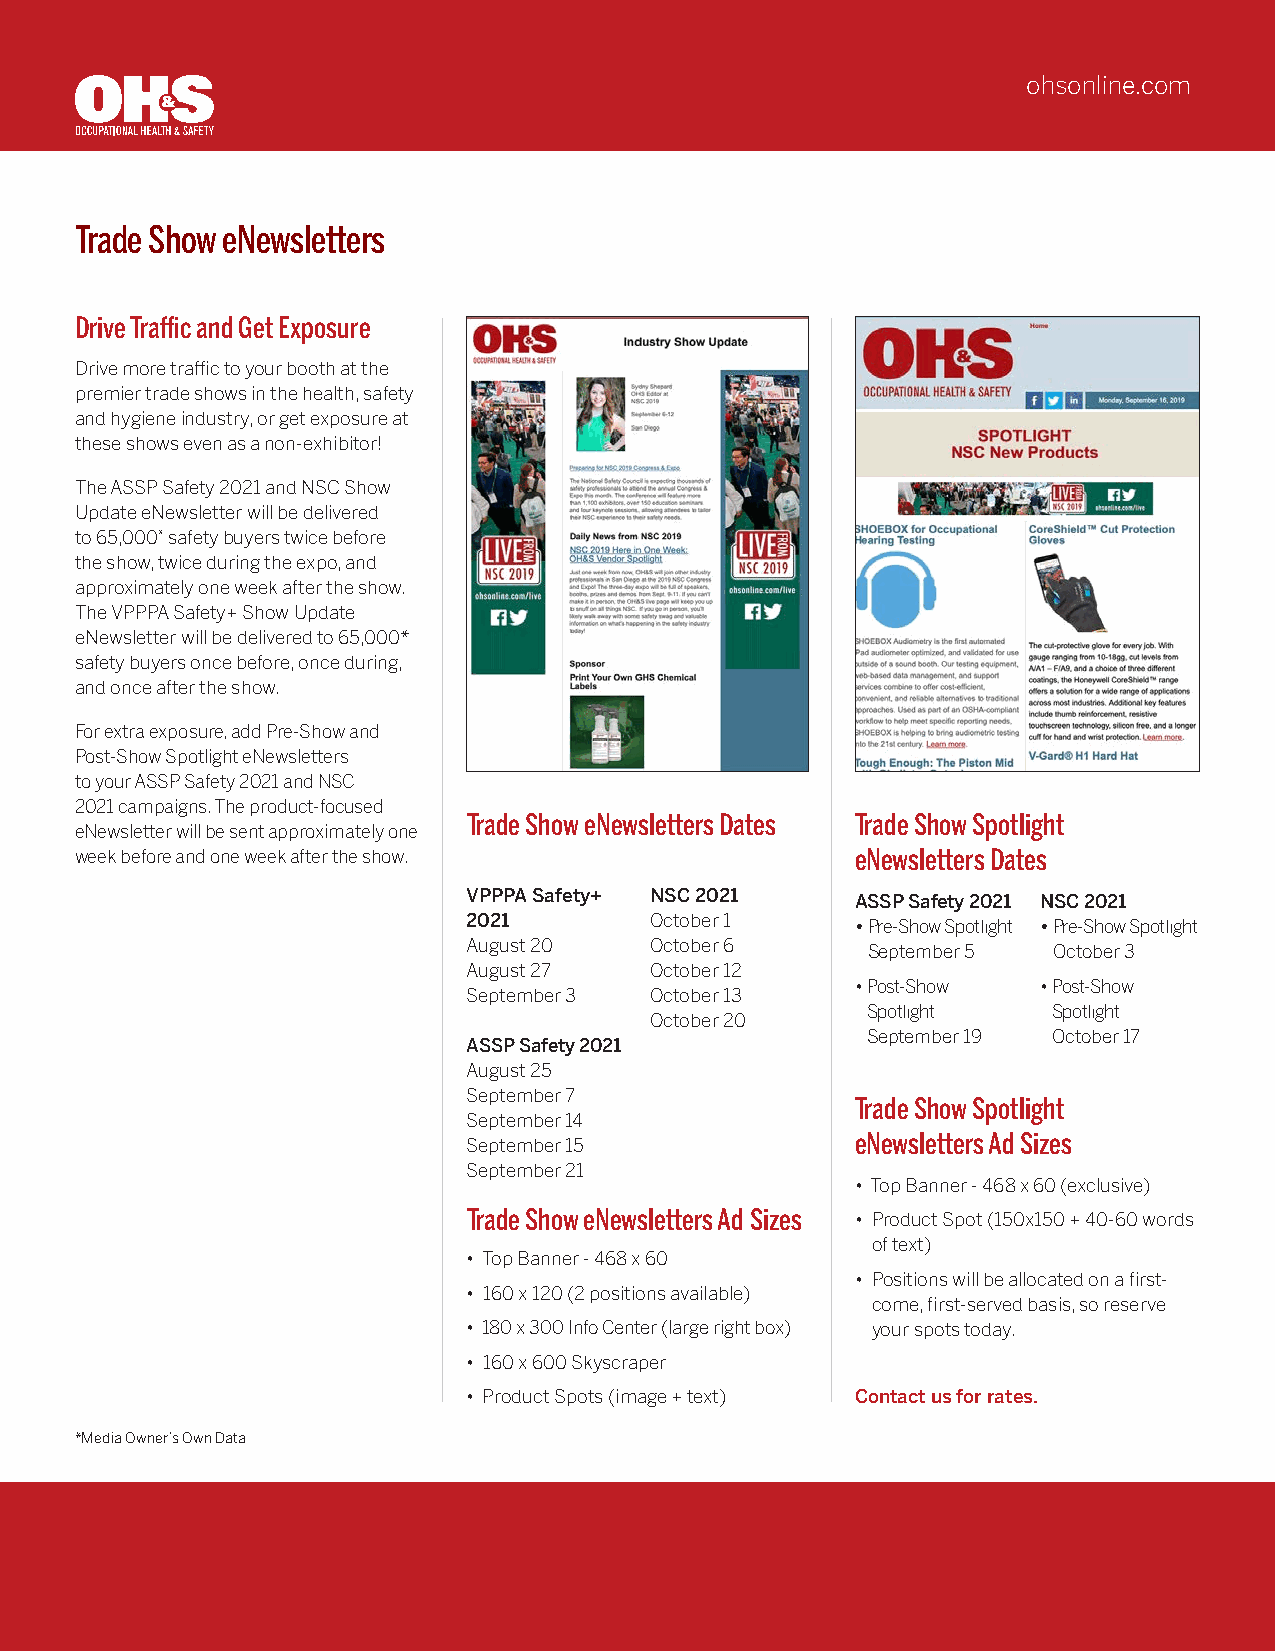
ohsonline.com
 Trade Show eNewsletters
 Drive Traffic and Get Exposure
 Drive more traffic to your booth at the
 premier trade shows in the health, safety
 and hygiene industry, or get exposure at
 these shows even as a non-exhibitor!
 The ASSP Safety 2021 and NSC Show
 Update eNewsletter will be delivered
 to 65,000* safety buyers twice before
 the show, twice during the expo, and
 approximately one week after the show.
 The VPPPA Safety+ Show Update
 eNewsletter will be delivered to 65,000*
 safety buyers once before, once during,
 and once after the show.
 For extra exposure, add Pre-Show and
 Post-Show Spotlight eNewsletters
 to your ASSP Safety 2021 and NSC
 2021 campaigns. The product-focused
 Trade Show eNewsletters Dates Trade Show Spotlight
 eNewsletter will be sent approximately one
 week before and one week after the show.            eNewsletters Dates
 VPPPA Safety+ NSC 2021    ASSP Safety 2021 NSC 2021
 2021        October 1     • P re-Show Spotlight • P re-Show Spotlight
 August 20   October 6     September 5  October 3
 August 27   October 12
 • P ost-Show • P ost-Show
 September 3 October 13
 Spotlight    Spotlight
 October 20
 September 19 October 17
 ASSP Safety 2021
 August 25
 September 7
 Trade Show Spotlight
 September 14
 eNewsletters Ad Sizes
 September 15
 September 21
 • Top Banner - 468 x 60 (exclusive)
 Trade Show eNewsletters Ad Sizes • Product Spot (150x150 + 40-60 words
 of text)
 • Top Banner - 468 x 60
 • Positions will be allocated on a first-
 • 160 x 120 (2 positions available)
 come, first-served basis, so reserve
 • 180 x 300 Info Center (large right box) your spots today.
 • 160 x 600 Skyscraper
 • Product Spots (image + text) Contact us for rates.
 *Media Owner’s Own Data